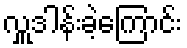
လှူဒါန်းခဲ့ကြောင်း